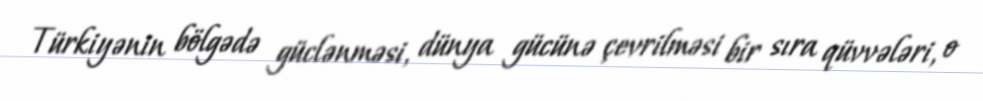
Türkiyənin bölgədə güclənməsi, dünya gücünə çevrilməsi bir sıra qüvvələri, o